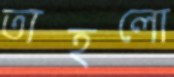
তাহলো